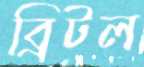
ব্রিটল